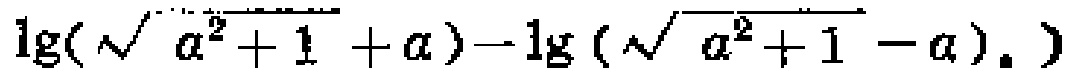
\(\lg(\sqrt{a^{2}+1}+a)-\lg(\sqrt{a^{2}+1}-a)\)